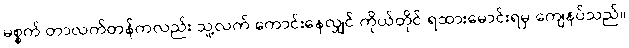
မစ္စက် တာလက်တန်ကလည်း သူ့လက် ကောင်းနေလျှင် ကိုယ်တိုင် ရထားမောင်းရမှ ကျေနပ်သည်။